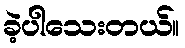
ခဲ့ပါသေးတယ်။